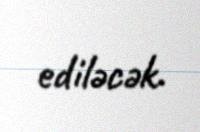
ediləcək.